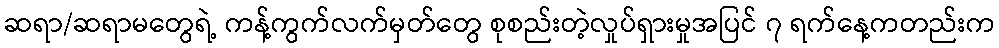
ဆရာ/ဆရာမတွေရဲ့ ကန့်ကွက်လက်မှတ်တွေ စုစည်းတဲ့လှုပ်ရှားမှုအပြင် ၇ ရက်နေ့ကတည်းက